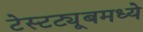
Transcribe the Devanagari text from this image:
टेस्टट्यूबमध्ये